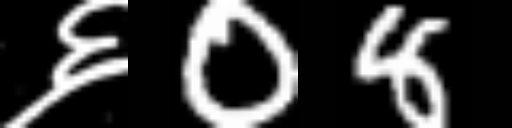
Text: ६08